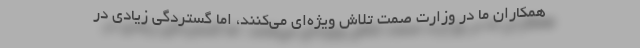
همکاران ما در وزارت صمت تلاش ویژه‌ای می‌کنند، اما گستردگی زیادی در